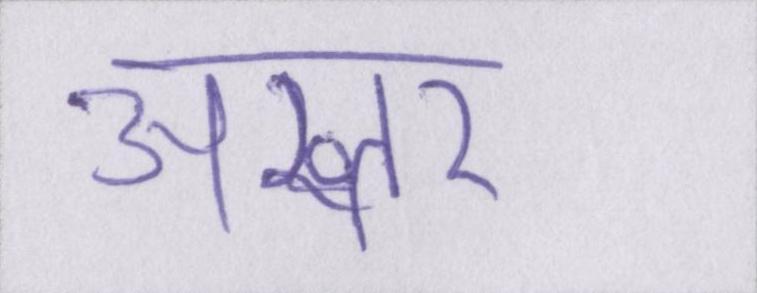
अख्तर